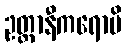
ဥတ္တာနီကရောမိ